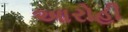
આરોહી